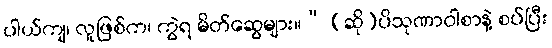
ပါယ်ကျ၊ လူဖြစ်က၊ ကွဲရ မိတ်ဆွေများ။” (ဆို)ပိသုဏာဝါစာနဲ့ စပ်ပြီး